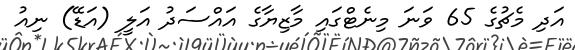
އަދި މެޗުގެ 65 ވަނަ މިނެޓްގައި މާޒިޔާގެ އައްސަދު އަލީ (އަޑޭ) ނިއު